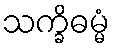
သက္ခိဓမ္မံ